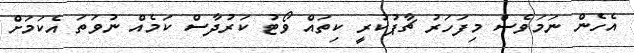
އެހެން ނަމަވެސް މިފަހަރު ޗާޕުކުރީ ކިތައް ވޯޓު ކަރުދާސް ކަމެއް ނުވަތަ އެކަމަށް